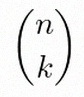
\binom{n}{k}